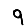
Digit: 9